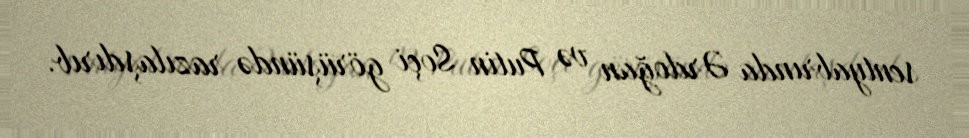
sentyabrında Ərdoğan və Putin Soçi görüşündə razılaşdırıb.